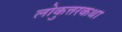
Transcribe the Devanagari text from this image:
लोकुत्तरकथा